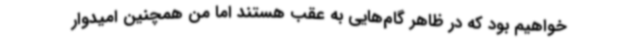
خواهیم بود که در ظاهر گام‌هایی به عقب هستند اما من همچنین امیدوار